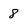
Character: 8